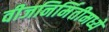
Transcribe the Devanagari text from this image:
वीजनिर्मितीमध्ये